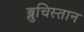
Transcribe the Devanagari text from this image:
ब्लुचिस्तान